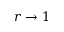
r \rightarrow 1